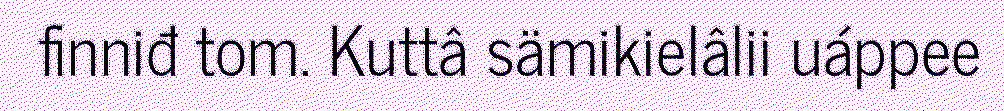
finniđ tom. Kuttâ sämikielâlii uáppee